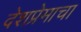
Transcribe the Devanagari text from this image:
देशप्रेमाचा